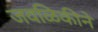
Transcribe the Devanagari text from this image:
जवळिकीने